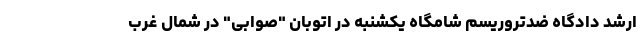
ارشد دادگاه ضدتروریسم شامگاه یکشنبه در اتوبان "صوابی" در شمال غرب